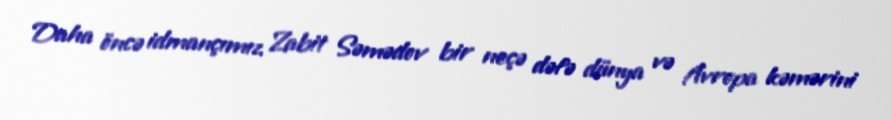
Daha öncə idmançımız Zabit Səmədov bir neçə dəfə dünya və Avropa kəmərini